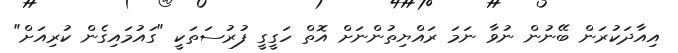
އިއާދަކުރަން ބޭނުން ނުވާ ނަމަ ރައްޔިތުންނަށް އޮތް ހަގީގީ ފުރުސަތަކީ "ގައުމައިގެން ކުރިއަށް"